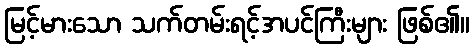
မြင့်မားသော သက်တမ်းရင့်အပင်ကြီးများ ဖြစ်၏။